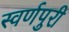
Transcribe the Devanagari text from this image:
स्वर्णपुरी